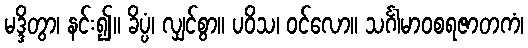
မဒ္ဒိတွာ၊ နင်း၍။ ခိပ္ပံ၊ လျှင်စွာ။ ပဝိသ၊ ဝင်လော။ သင်္ဂါမာဝစရဇာတကံ၊